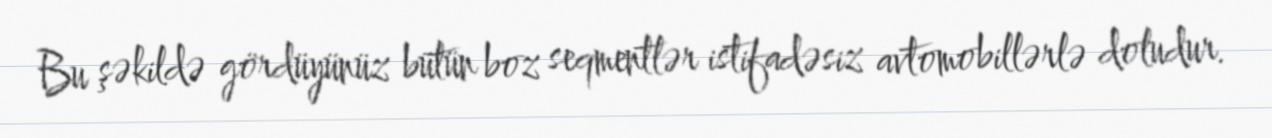
Bu şəkildə gördüyünüz bütün boz seqmentlər istifadəsiz avtomobillərlə doludur.